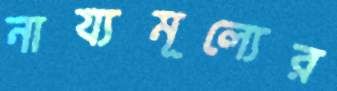
নায্যমূল্যের